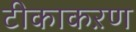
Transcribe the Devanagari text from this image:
टीकाकऱण